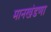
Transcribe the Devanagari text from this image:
मानखंडणा